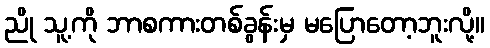
ညို သူ့ကို ဘာစကားတစ်ခွန်းမှ မပြောတော့ဘူးလို့။